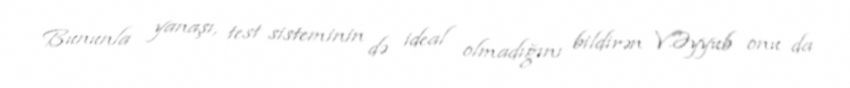
Bununla yanaşı, test sisteminin də ideal olmadığını bildirən V.Əyyub onu da